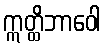
ဣတ္ထိဘာဝေါ